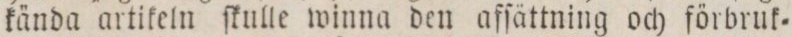
kända artikeln ſkulle winna den affättning och förbruk=